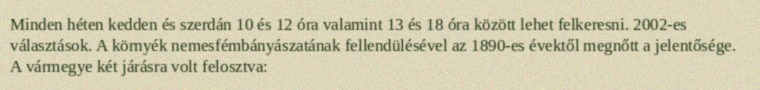
Minden héten kedden és szerdán 10 és 12 óra valamint 13 és 18 óra között lehet felkeresni. 2002-es választások. A környék nemesfémbányászatának fellendülésével az 1890-es évektől megnőtt a jelentősége. A vármegye két járásra volt felosztva: